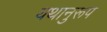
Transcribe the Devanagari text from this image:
यथानुरूप